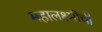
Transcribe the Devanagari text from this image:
महालक्ष्मींची